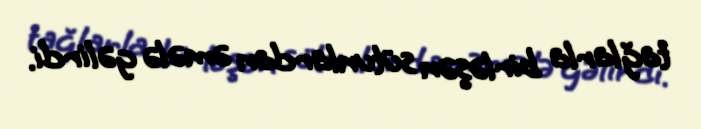
tağlarla birləşən sütunlardan əmələ gəlirdi.